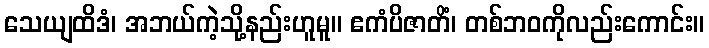
သေယျထိဒံ၊ အဘယ်ကဲ့သို့နည်းဟူမူ။ ဧကံပိဇာတိံ၊ တစ်ဘဝကိုလည်းကောင်း။